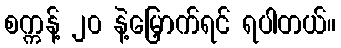
စက္ကန့် ၂၀ နဲ့မြှောက်ရင် ရပါတယ်။